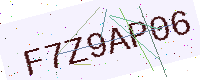
Text: F7Z9AP06